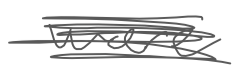
Text: were
Cross-out: scratch
Writing tool: digital_gray